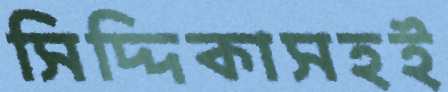
সিদ্দিকাসহই